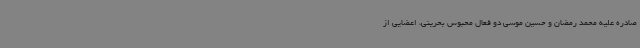
صادره علیه محمد رمضان و حسین موسی دو فعال محبوس بحرینی، اعضایی از